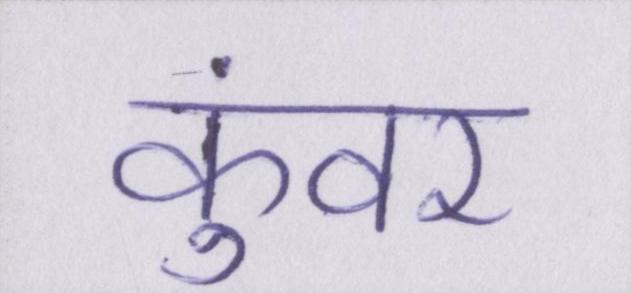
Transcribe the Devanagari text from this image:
कुंवर